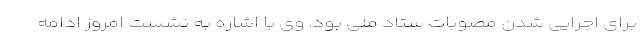
برای اجرایی شدن مصوبات ستاد ملی بود. وی با اشاره به نشست امروز ادامه